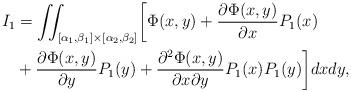
LaTeX: \begin{align*}\begin{aligned}I_1&=\iint_{[\alpha_1, \beta_1]\times[\alpha_{2},\beta_{2}]}\biggl[\Phi(x,y) +\frac{\partial \Phi(x,y)}{\partial x} P_1(x) \\&+\frac{\partial \Phi(x,y)}{\partial y} P_1(y) +\frac{\partial^{2} \Phi(x,y)}{\partial x\partial y} P_1(x)P_1(y)\biggl] dxdy,\end{aligned}\end{align*}